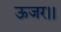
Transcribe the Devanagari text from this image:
ऊजर।।